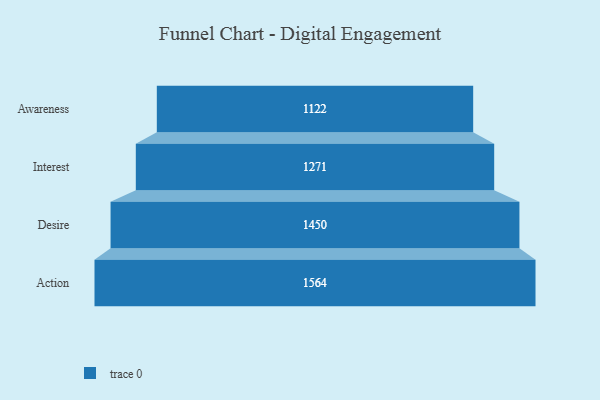
{"axis": {"x": "Stage", "y": "Value"}, "legend": [""], "data": [{"x": "Awareness", "y": 1122.0, "type": ""}, {"x": "Interest", "y": 1271.0, "type": ""}, {"x": "Desire", "y": 1450.0, "type": ""}, {"x": "Action", "y": 1564.0, "type": ""}]}